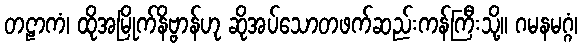
တဠာကံ၊ ထိုအမြိုက်နိဗ္ဗာန်ဟု ဆိုအပ်သောတဖက်ဆည်းကန်ကြီးသို့။ ဂမနမဂ္ဂံ၊